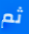
ثم